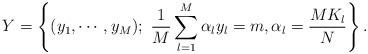
LaTeX: \begin{align*}Y = \left \{ (y_1, \cdots, y_M ) ; \ \frac{1}{M} \sum_{l=1}^M \alpha_l y_l = m, \alpha_l = \frac{MK_l}{N} \right \}.\end{align*}